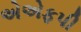
એએફપી